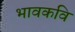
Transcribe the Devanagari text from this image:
भावकवि